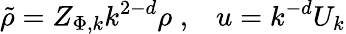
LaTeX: \tilde{\rho}=Z_{\Phi,k}k^{2-d}\rho\; ,\; \; \; u=k^{-d}U_{k}